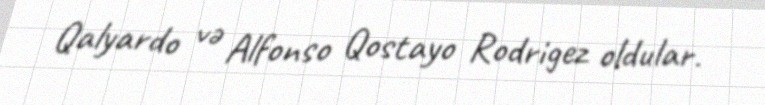
Qalyardo və Alfonso Qostayo Rodrigez oldular.